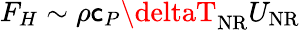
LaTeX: F_{H}\sim\rho\mathsf{c}_{P}\deltaT_{\mathrm{{NR}}}U_{\mathrm{{NR}}}